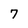
Character: 7